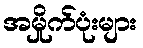
အမှိုက်ပုံးများ